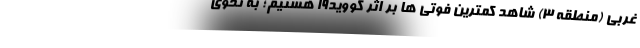
غربی (منطقه ۳) شاهد کمترین فوتی ها بر اثر کووید۱۹ هستیم؛‌ به نحوی